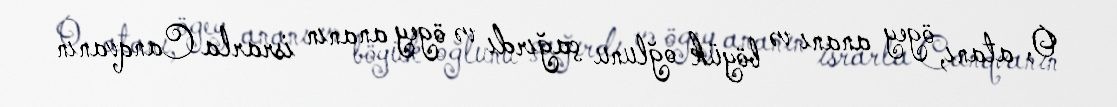
O, atanı, ögey ananı və böyük oğlunu çağırdı və ögey ananın israrla Canqvanın